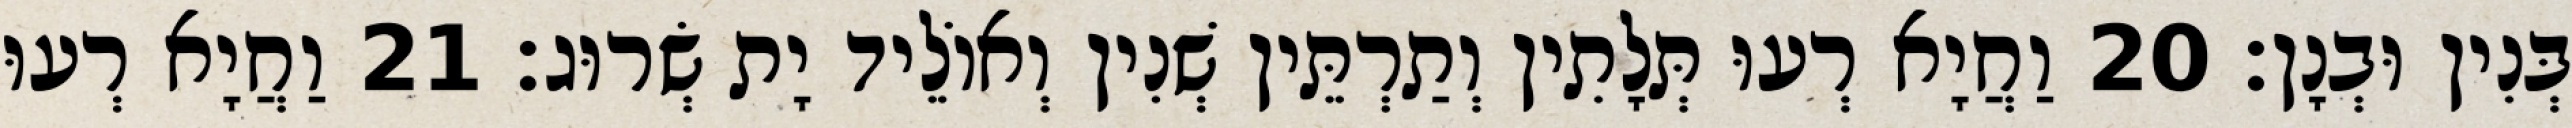
בְּנִין וּבְנָן׃ 20 וַחֲיָא רְעוּ תְּלָתִין וְתַרְתֵּין שְׁנִין וְאוֹלֵיד יָת שְׂרוּג׃ 21 וַחֲיָא רְעוּ